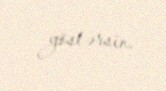
göstərsin.